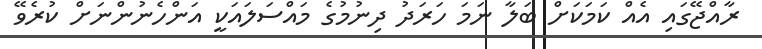
ރާއްޖޭގައި އެއް ކަމަކަށް ބަލާ ނަމަ ހަރަދު ދިނުމުގެ މައްސަލައަކީ އަންހެނުންނަށް ކުރެވޭ